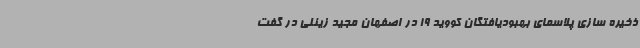
ذخیره سازی پلاسمای بهبودیافتگان کووید 19 در اصفهان مجید زینلی در گفت